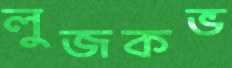
লুজকভ